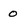
Character: 0